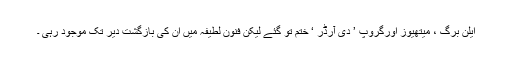
ایلن برگ ، میتھیوز اورگروپ ’ دی آرڈر ‘ ختم تو گئے لیکن فنون لطیفہ میں ان کی بازگشت دیر تک موجود رہی ۔